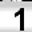
Digit: 1